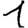
Digit: 1